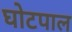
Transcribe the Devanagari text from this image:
घोटपाल